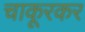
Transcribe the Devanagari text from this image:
चाकूरकर